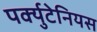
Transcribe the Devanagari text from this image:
पर्क्युटेनियस